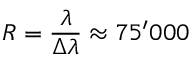
R = \frac { \lambda } { \Delta { } \lambda } \approx 7 5 ^ { \prime } 0 0 0